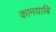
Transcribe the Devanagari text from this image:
कामयाबि